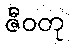
ဇီဝတု